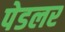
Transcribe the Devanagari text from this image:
पेडलर